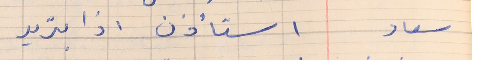
سعاد    استأذن اذا بتريد . .